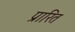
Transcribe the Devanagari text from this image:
प्रारित